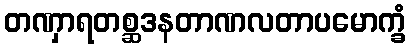
တဏှာရတစ္ဆဒနတာဏလတာပမောက္ခံ